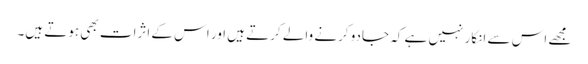
مجھے اس سے انکار نہیں ہے کہ جادو کرنے والے کرتے ہیں اور اس کے اثرات بھی ہوتے ہیں۔